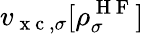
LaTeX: v_{\mathrm{~x~c~},\sigma}[\rho_{\sigma}^{\mathrm{~H~F~}}]